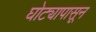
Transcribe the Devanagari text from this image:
घोट्यापासून